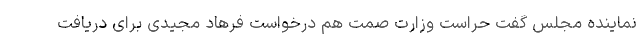
نماینده مجلس گفت حراست وزارت صمت هم درخواست فرهاد مجیدی برای دریافت